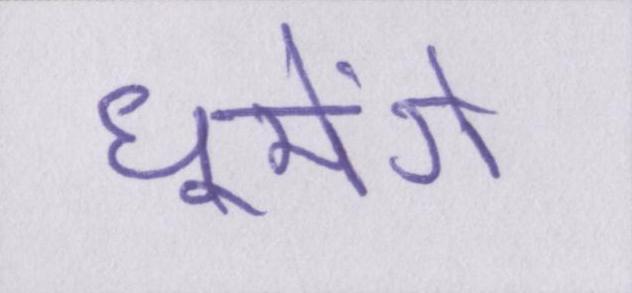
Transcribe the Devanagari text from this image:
घूमेंगे